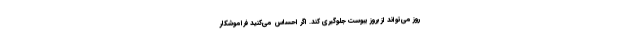
روز می‌تواند از بروز یبوست جلوگیری کند. اگر احساس می‌کنید فراموشکار